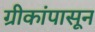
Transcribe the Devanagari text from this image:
ग्रीकांपासून